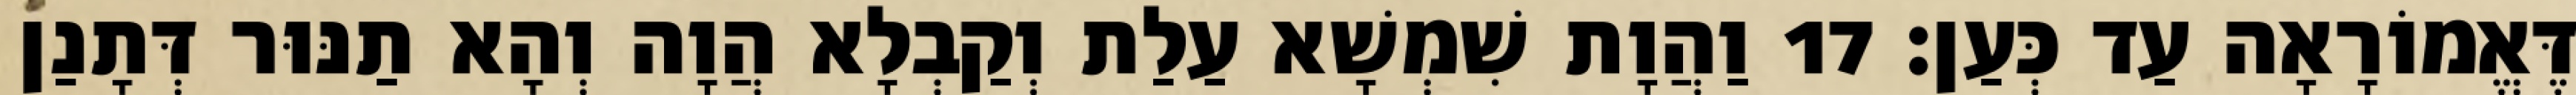
דֶּאֱמוֹרָאָה עַד כְּעַן׃ 17 וַהֲוָת שִׁמְשָׁא עַלַת וְקַבְלָא הֲוָה וְהָא תַנּוּר דְּתָנַן